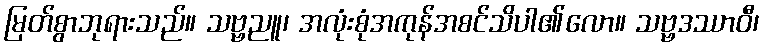
မြတ်စွာဘုရားသည်။ သဗ္ဗညူ၊ အလုံးစုံအကုန်အစင်သိပါ၏လော။ သဗ္ဗဒဿာဝီ၊